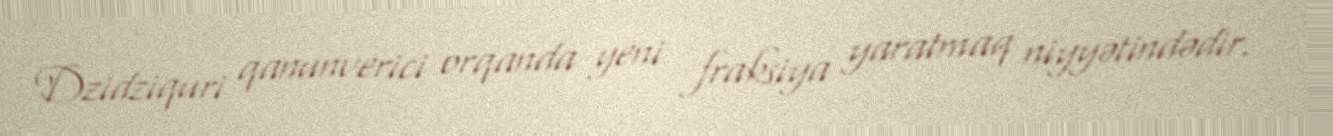
Dzidziquri qanunverici orqanda yeni fraksiya yaratmaq niyyətindədir.